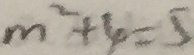
m ^ { 2 } + 4 = 5